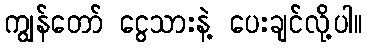
ကျွန်တော် ငွေသားနဲ့ ပေးချင်လို့ပါ။